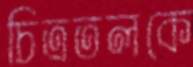
চিত্রতলকে